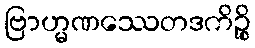
ဗြာဟ္မဏဿေတဒကိဉ္စိ